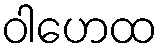
ဝါဟေထ